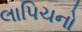
લાપિચનો